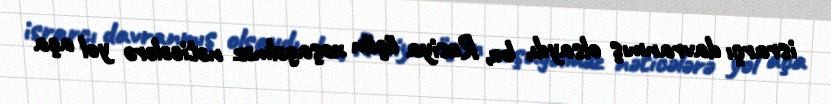
israrçı davranmış olsaydı, bu, Rusiya üçün xoşagəlməz nəticələrə yol aça